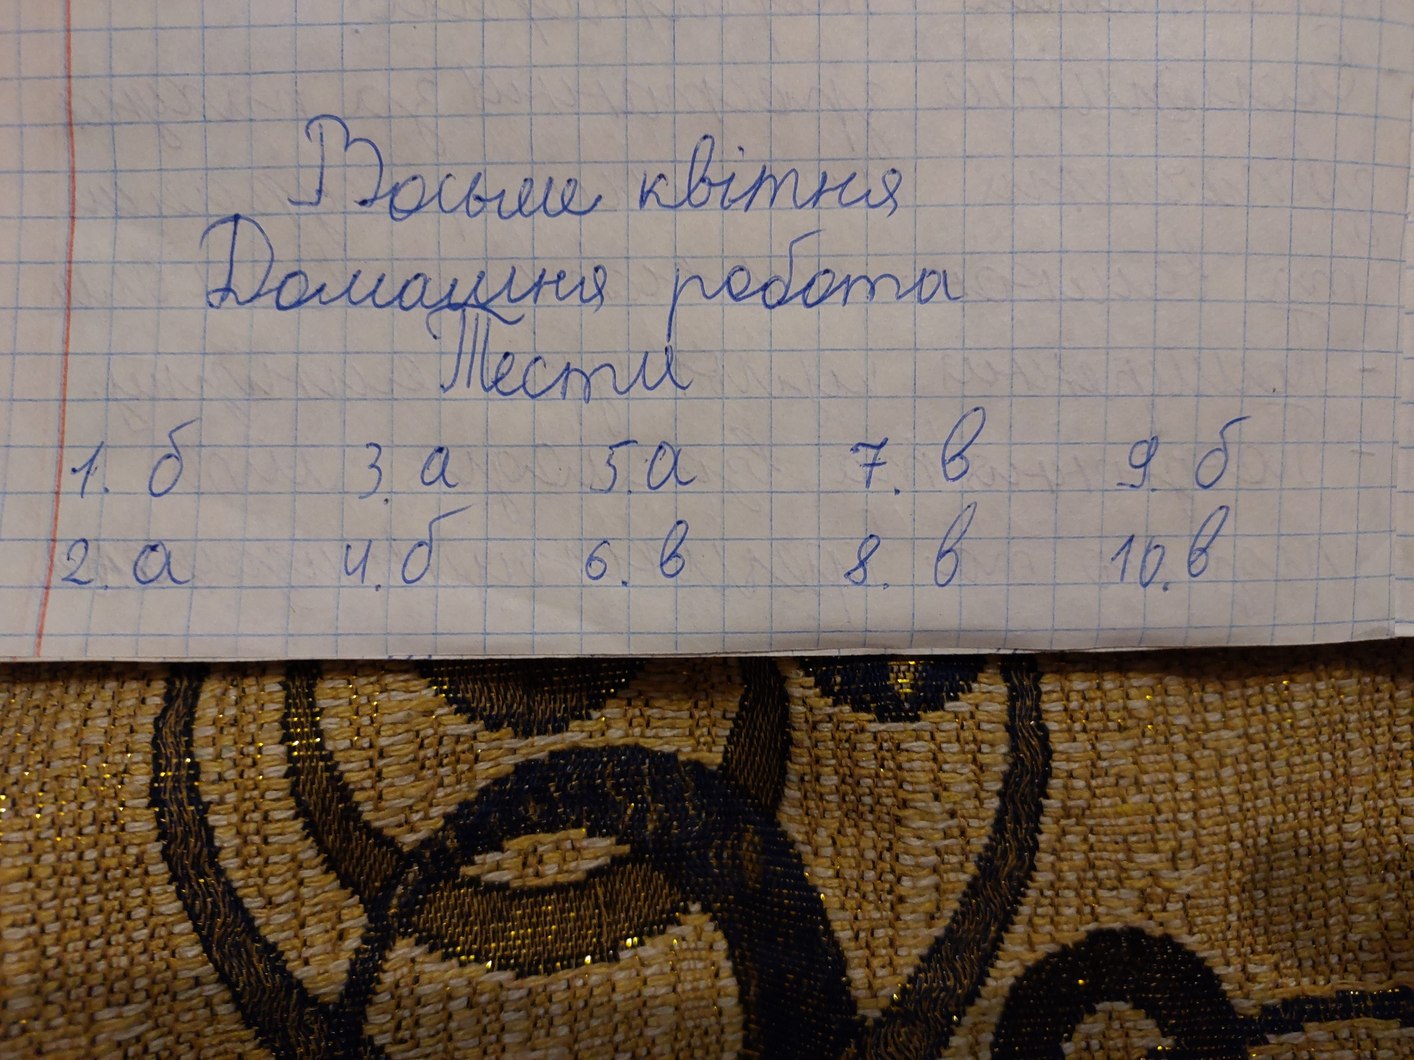
Восьме квітня
Домашня робота
Тести
7. в
9. б
1. б
5. а
3. а
10. в
4. б
8. в
6. в
2. а